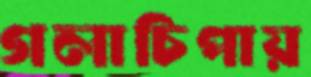
গলাচিপায়